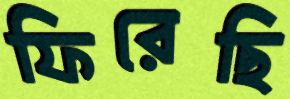
ফিরেছি